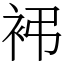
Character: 䘟